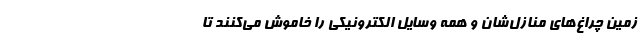
زمین چراغ‌های منازل‌شان و همه وسایل الکترونیکی را خاموش می‌کنند تا